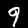
Digit: 9